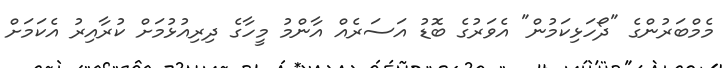
މެމްބަރުންގެ "ދޯހަޅިކަމުން" އެވަރުގެ ބޮޑު އަސަރެއް އާންމު މީހާގެ ދިރިއުޅުމަށް ކުރާއިރު އެކަމަށް